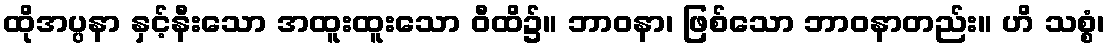
ထိုအပ္ပနာ နှင့်နီးသော အထူးထူးသော ဝီထိ၌။ ဘာဝနာ၊ ဖြစ်သော ဘာဝနာတည်း။ ဟိ သစ္စံ၊